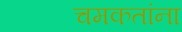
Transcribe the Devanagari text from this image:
चमकतांना